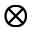
\otimes